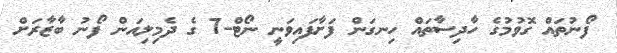
ފޯނުތައް ގޮވުމުގެ ހާދިސާތައް ހިނގަން ފަށާފައިވަނީ ނޯޓް-7 ގެ ދެމިލިއަން ފޯނު ބާޒާރަށް